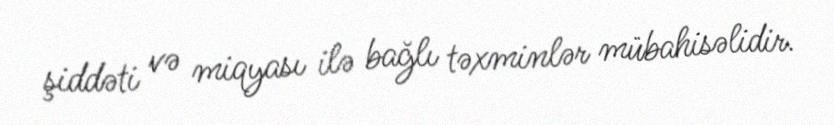
şiddəti və miqyası ilə bağlı təxminlər mübahisəlidir.